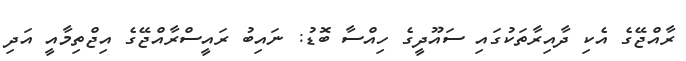
ރާއްޖޭގެ އެކި ދާއިރާތަކުގައި ސައޫދީގެ ހިއްސާ ބޮޑު: ނައިބު ރައީސްރާއްޖޭގެ އިޖްތިމާއީ އަދި